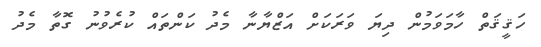
ހަޤީޤަތް ހާމަވަމުން ދިޔަ ވަރަކަށް އަޒްޔާނާ މެދު ކަންތައް ކުރެވުނު ގޮތާ މެދު